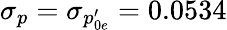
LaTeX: \sigma_{p}=\sigma_{p_{0e}^{\prime}}=0.0534